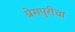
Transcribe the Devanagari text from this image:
प्रेमपुरीचा